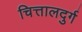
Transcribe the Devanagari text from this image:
चित्तालदुर्ग